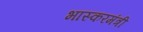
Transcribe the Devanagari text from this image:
भास्करमंत्री